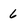
Character: 6